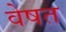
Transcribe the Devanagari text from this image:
वेषत